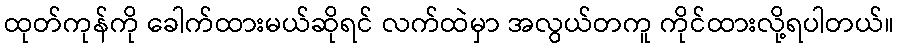
ထုတ်ကုန်ကို ခေါက်ထားမယ်ဆိုရင် လက်ထဲမှာ အလွယ်တကူ ကိုင်ထားလို့ရပါတယ်။